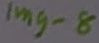
Text: Img-8